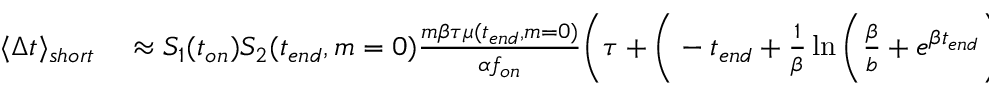
\begin{array} { r l } { \langle \Delta t \rangle _ { s h o r t } } & { { } \approx S _ { 1 } ( t _ { o n } ) S _ { 2 } ( t _ { e n d } , m = 0 ) \frac { m \beta \tau \mu ( t _ { e n d } , m = 0 ) } { \alpha f _ { o n } } \bigg ( \tau + \bigg ( - t _ { e n d } + \frac { 1 } { \beta } \ln { \bigg ( \frac { \beta } { b } + e ^ { \beta t _ { e n d } } \bigg ) } \bigg ) \bigg ) } \end{array}